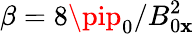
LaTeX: \beta=8\pip_{0}/B_{0\mathbf{x}}^{2}